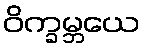
ဝိက္ခမ္ဘယေ